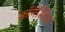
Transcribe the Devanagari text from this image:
काँगस्थित